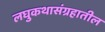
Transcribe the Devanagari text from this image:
लघुकथासंग्रहातील